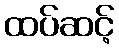
ထပ်ဆင့်